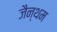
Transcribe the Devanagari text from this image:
जैन्थम